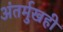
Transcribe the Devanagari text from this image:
अंतर्मुखही